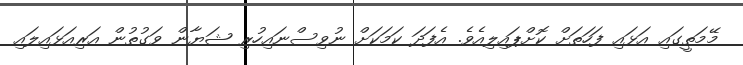
މޭމަތީގައި އަޅައި ފަހަތަށް ކޮށްޕައިލިއެވެ. އެފަދަ ކަމަކަށް ނުވިސްނައިހުރި ޝަޔާން ވަގުތުން އަރިއަޅައިލައި